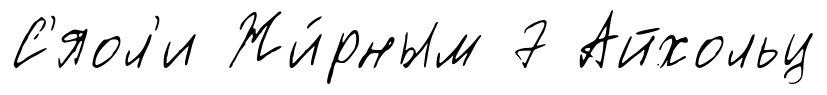
С'яол'и Жи́рным 7 Айхольц